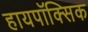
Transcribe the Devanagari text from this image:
हायपॉक्सिक